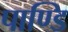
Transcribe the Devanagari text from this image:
पाण्डि